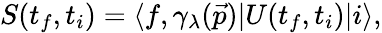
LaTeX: S(t_{f},t_{i})=\langle f,\gamma_{\lambda}({\vec{p}})|U(t_{f},t_{i})|i\rangle,